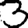
Digit: 3